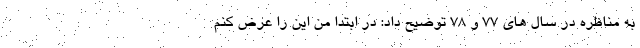
به مناظره در سال های ۷۷ و ۷۸ توضیح داد: در ابتدا من این را عرض کنم